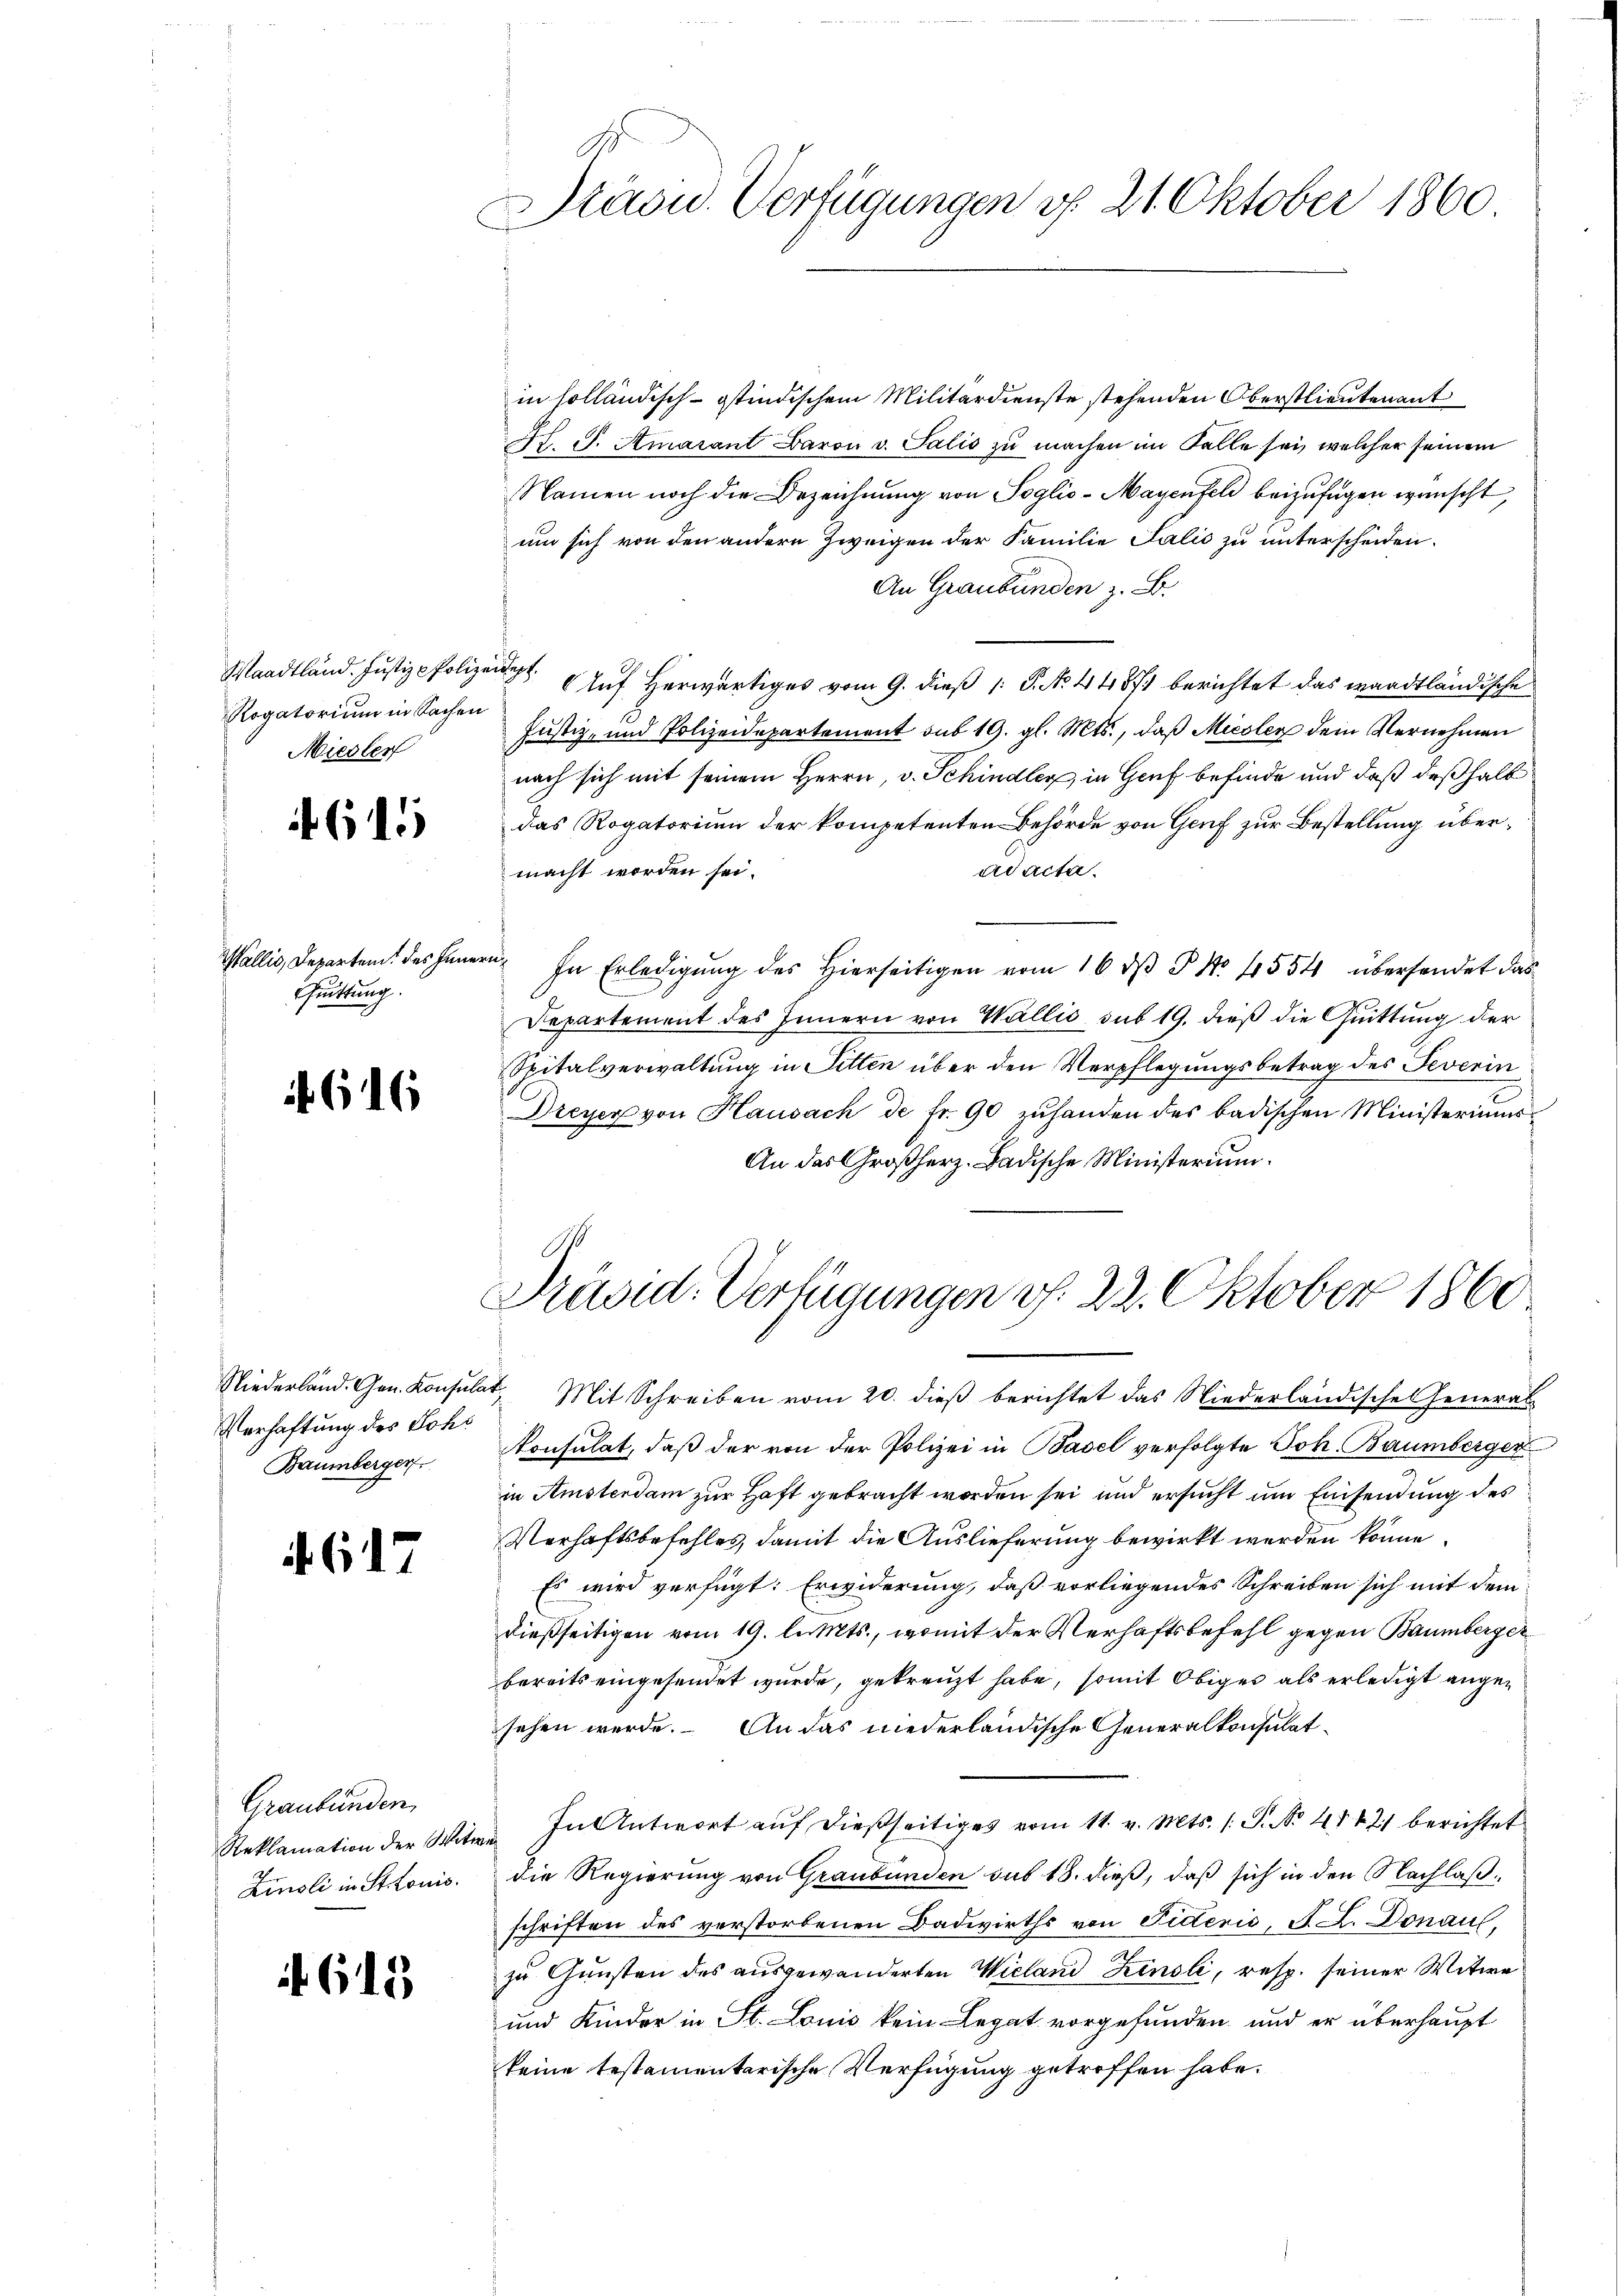
Rogatorium in Sachen
Miedler

615

Wallis, Departem des Innern,
Guittung.

616

Verhaftung des Johs
Baumberger

. 617

Graubünden
Zinsli in Stonis.

if. 615

Stäond. Verfügungen v. 21. Oktober 1860
.

in solländisch-ostindischem Militärdienste stehenden Oberstlieutenant
A. S. Amarant Baron v. Salis zu machen im Falle sei, welcher seinem
Namen noch die Bezeichnung von Poglio-Mayenfeld beizufügen wünscht,
um sich von den andere Zweigen der Familie Salis zu unterscheiden.
An Graubünden z. B.
Waadtländ. Justiz-Polizei Auf herwärtiges vom 9. dieß 1: P. No. 44871 berichtet das waadtländische
Justiz- und Polizeidepartement sub 19. gl. Mts., daß Micolen dem Vernehmen
nach sich mit seinem Herrn, v. Schindler in Genf befinde und daß deßhalb
das Rogatorium der kompetenten Behörde von Genf zur Bestellung überad acta.
macht worden sei.
In Erledigŭng des hierseitigen vom 16. dβ § No. 4554 übersendet das
Departement des Innern von Wallis, sub 19. dieß die Quittung der
Spitalverwaltung in Sitten über den Verpflegungsbetrag des Severin
Dreyer von Hausach de fr. 90 zŭhanden des badischen Ministeriums-
An das Großherz. Badische Ministerium.

1
Präsid. Verfügungen v. 22. Oktober 1860

Niederland. Gen. Konsulat, Mit Schreiben vom 20. dieß berichtet das Niederländische Generalonsulat, daß der von der Polizei in Basel verfolgte Joh. Baumberger
in Amsterdam zur Haft gebracht worden sei und ersucht um Einsendung des
Verhaftsbefehles, damit die Auslieferung bewirkt werden könne
Es wird verfügt: Erwiderung, daß vorliegendes Schreiben sich mit dem
dießseitigen vom 19. leiMts., womit der Verhaftsbefehl gegen Baumbergerbereits eingesendet wurde, gekreuzt habe, somit Obiger als erledigt angesehen werde. An das niederländische Generalkonsulat¬
Reklamation der Witwe In Antwort aŭf dießseitiges vom 11. v. Mts. 1. P. No. 41421 berichtet
die Regierung von Graubünden sub 18. dieß, daß sich in den Nachlaßschriften des verstorbenen Badwirths von Fideris, A. L. Donau,
zu Gunsten des ausgewanderten Wieland Zinsli, resp. seiner Witwe
und Kinder in St. Louis kein Legat vorgefunden und er überhaupt
keine testamentarische Verfügung getroffen habe.